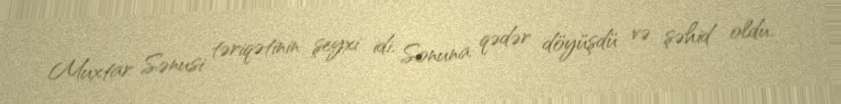
Muxtar Sənusi təriqətinin şeyxi idi. Sonuna qədər döyüşdü və şəhid oldu.